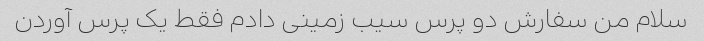
سلام من سفارش دو پرس سیب زمینی دادم فقط یک پرس آوردن